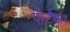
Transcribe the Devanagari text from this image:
पोर्टका